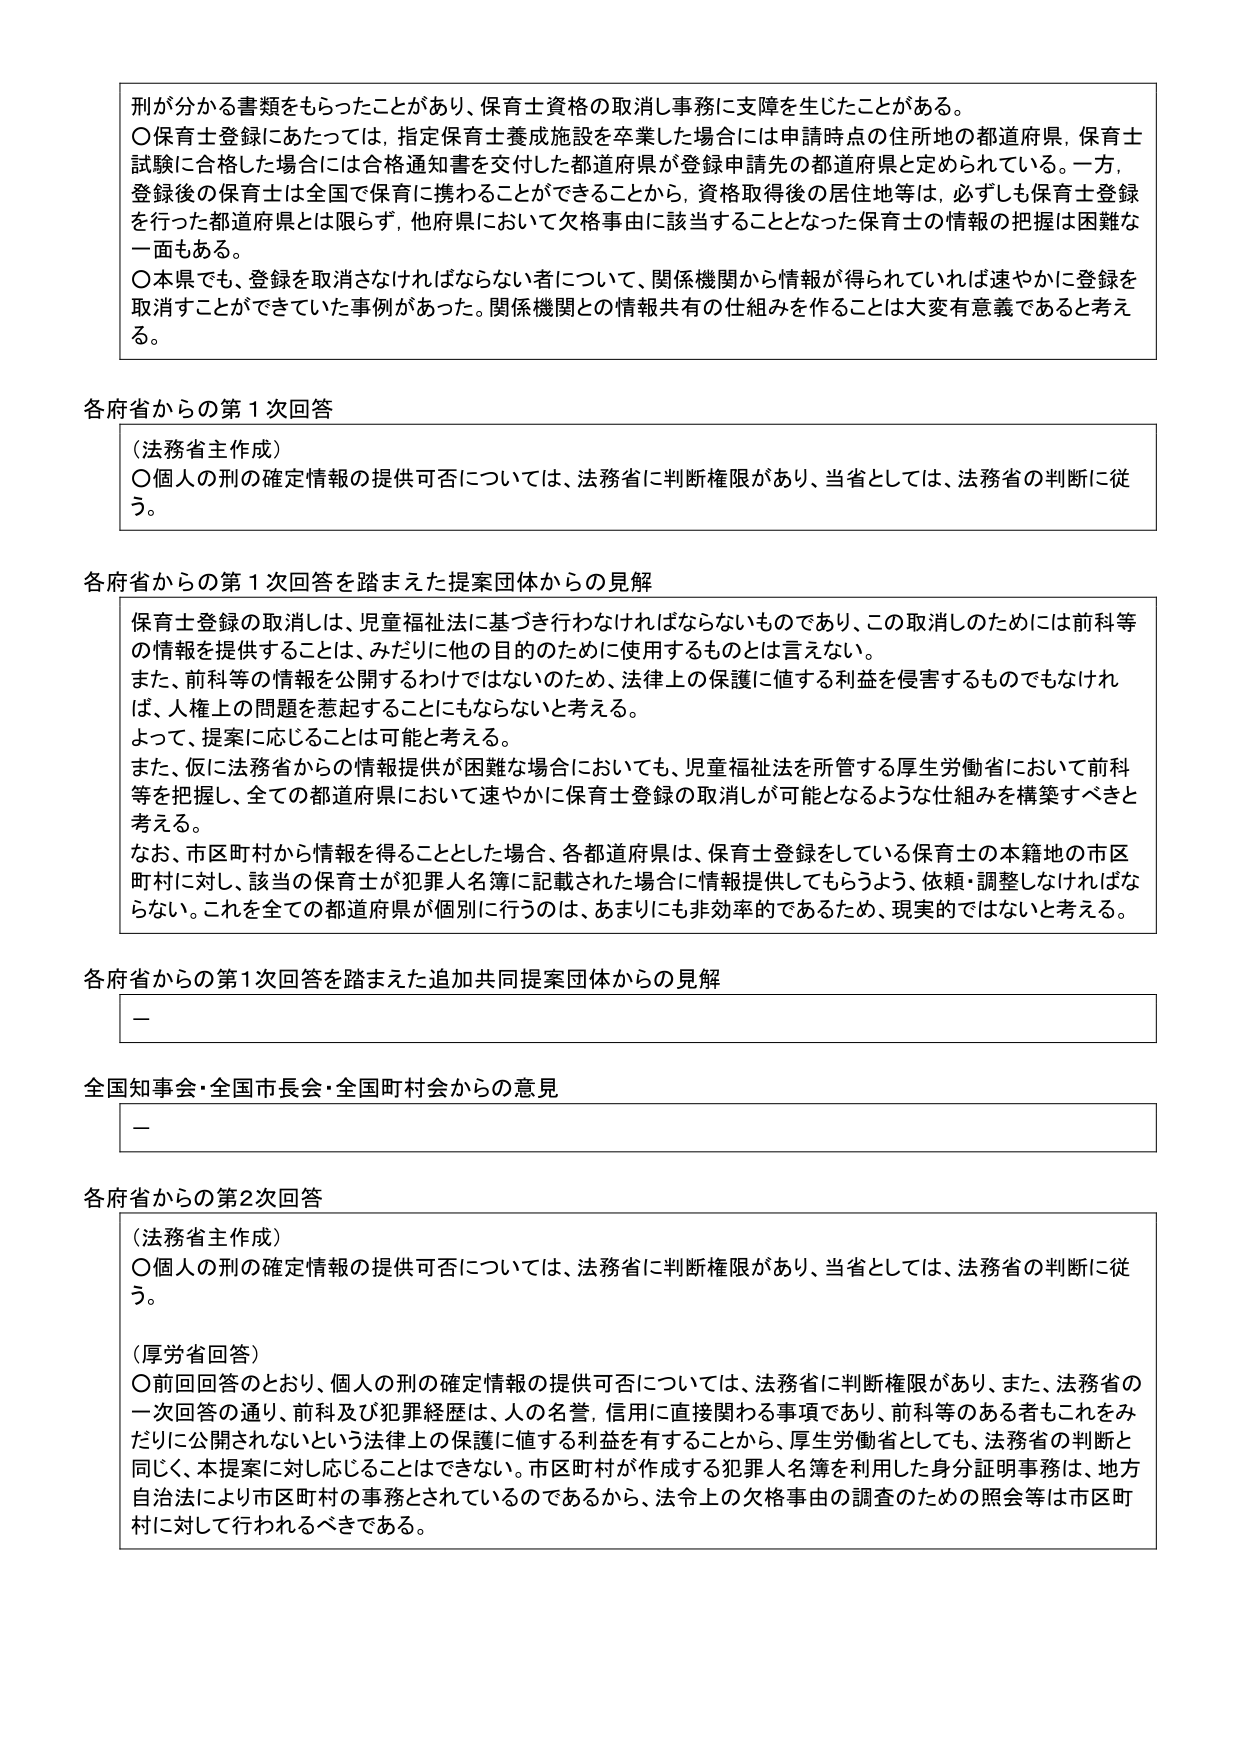
刑が分かる書類をもらったことがあり、保育士資格の取消し事務に支障を生じたことがある。
〇保育士登録にあたっては、指定保育士養成施設を卒業した場合には申請時点の住所地の都道府県、保育士試験に合格した場合には合格通知書を交付した都道府県が登録申請先の都道府県と定められている。一方、登録後の保育士は全国で保育に携わることができるから、資格取得後の居住地等は、必ずしも保育士登録を行った都道府県とは限らず、他府県において欠格事由に該当することとなった保育士の情報の把握は困難な一面もある。
〇本県でも、登録を取消さなければならない者について、関係機関から情報が得られていれば速やかに登録を取消すことができていた事例があった。関係機関との情報共有の仕組みを作ることは大変有意義であると考える。

各府省からの第1次回答
（法務省主作成）
〇個人の刑の確定情報の提供可否については、法務省に判断権限があり、当省としては、法務省の判断に従う。

各府省からの第1次回答を踏まえた提案団体からの見解
保育士登録の取消しは、児童福祉法に基づき行わなければならないものであり、この取消しのためには前科等の情報を提供することは、みだりに他の目的のために使用するものとは言えない。
また、前科等の情報を公開するわけではないため、法律上の保護に値する利益を侵害するものでもなければ、人権上の問題を惹起することにもならないと考える。
よって、提案に応じることは可能と考える。
また、仮に法務省からの情報提供が困難な場合においても、児童福祉法を所管する厚生労働省において前科等を把握し、全ての都道府県において速やかに保育士登録の取消しが可能となるような仕組みを構築すべきと考える。
なお、市区町村から情報を得ることとした場合、各都道府県は、保育士登録をしている保育士の本籍地の市区町村に対し、該当の保育士が犯罪人名簿に記載された場合に情報提供してもらうよう、依頼・調整しなければならない。これを全ての都道府県が個別に行うのは、あまりにも非効率的であるため、現実的ではないと考える。

各府省からの第1次回答を踏まえた追加共同提案団体からの見解
－

全国知事会・全国市長会・全国町村会からの意見
－

各府省からの第2次回答
（法務省主作成）
〇個人の刑の確定情報の提供可否については、法務省に判断権限があり、当省としては、法務省の判断に従う。
（厚労省回答）
〇前回回答のとおり、個人の刑の確定情報の提供可否については、法務省に判断権限があり、また、法務省の一次回答の通り、前科及び犯罪経歴は、人の名誉、信用に直接関わる事項であり、前科等のある者もこれをみだりに公開されないという法律上の保護に値する利益を有することから、厚生労働省としても、法務省の判断と同じく、本提案に対し応じることはできない。市区町村が作成する犯罪人名簿を利用した身分証明事務は、地方自治法により市区町村の事務とされているのであるから、法令上の欠格事由の調査のための照会等は市区町村に対して行われるべきである。